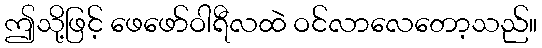
ဤသို့ဖြင့် ဖေဖော်ဝါရီလထဲ ဝင်လာလေတော့သည်။